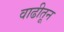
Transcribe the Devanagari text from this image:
वाढीतून